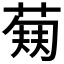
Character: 𬝥